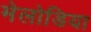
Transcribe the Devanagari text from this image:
मेलोडिया